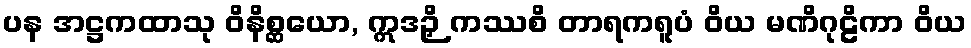
ပန အဋ္ဌကထာသု ဝိနိစ္ဆယော, ဣဒဉှိ ကဿစိ တာရကရူပံ ဝိယ မဏိဂုဠိကာ ဝိယ